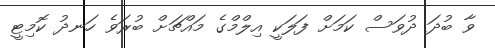
ވާ ބުދަ ދުވަސް ކަމަށް ފަލަކީ އިލްމްގެ މައްޗަށް ބުރަވެ ހަނދު ކޮމިޓީ